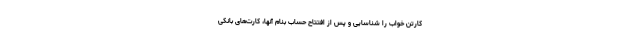
کارتن خواب را شناسایی و پس از افتتاح حساب بنام آنها، کارت‌های بانکی